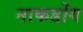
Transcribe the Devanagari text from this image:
नाकडोंग